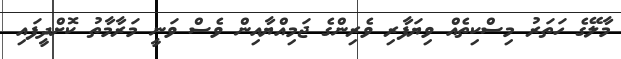
މާލޭގެ ހަތަރު މިސްކިތެއް ވިޔަފާރި ވެރިންގެ ޖަމިއްޔާއިން ވެސް ވަނީ މަރާމާތު ކޮށްދީފައި